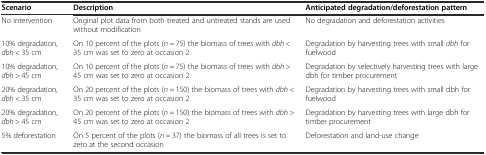
| Scenario | Description | Anticipated degradation/deforestation pattern |
 | --- | --- | --- |
 | No intervention | Original plot data from both treated and untreated stands are used without modification | No degradation and deforestation activities |
 | 10% degradation, dbh < 35 cm | On 10 percent of the plots (n = 75) the biomass of trees with dbh < 35 cm was set to zero at occasion 2 | Degradation by harvesting trees with small dbh for fuelwood |
 | 10% degradation, dbh > 45 cm | On 10 percent of the plots (n = 75) the biomass of trees with dbh > 45 cm was set to zero at occasion 2 | Degradation by selectively harvesting trees with large dbh for timber procurement |
 | 20% degradation, dbh < 35 cm | On 20 percent of the plots (n = 150) the biomass of trees with dbh < 35 cm was set to zero at occasion 2 | Degradation by harvesting trees with small dbh for fuelwood |
 | 20% degradation, dbh > 45 cm | On 20 percent of the plots (n = 150) the biomass of trees with dbh > 45 cm was set to zero at occasion 2 | Degradation by harvesting trees with large dbh for timber procurement |
 | 5% deforestation | On 5 percent of the plots (n = 37) the biomass of all trees is set to zero at the second occasion | Deforestation and land-use change |